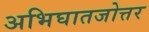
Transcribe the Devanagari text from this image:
अभिघातजोत्तर